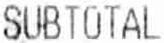
SUBTOTAL